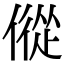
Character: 傱